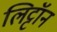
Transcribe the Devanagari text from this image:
लिट्टॉन